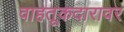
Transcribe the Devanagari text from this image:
वाहतूकदारावर